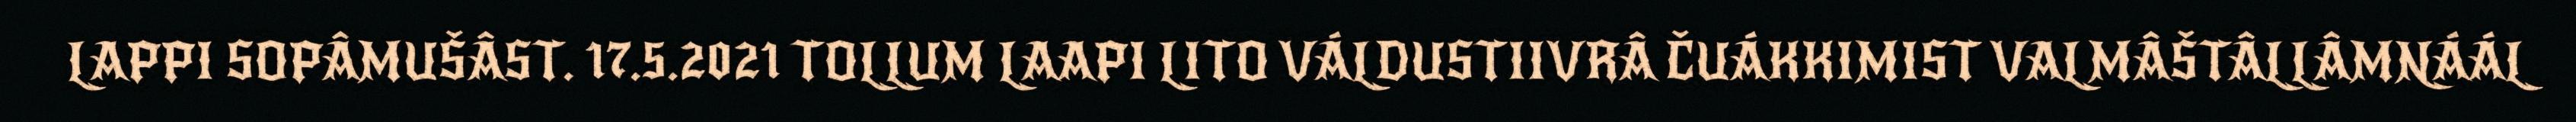
LAPPI SOPÂMUŠÂST. 17.5.2021 TOLLUM LAAPI LITO VÁLDUSTIIVRÂ ČUÁKKIMIST VALMÂŠTÂLLÂMNÁÁL